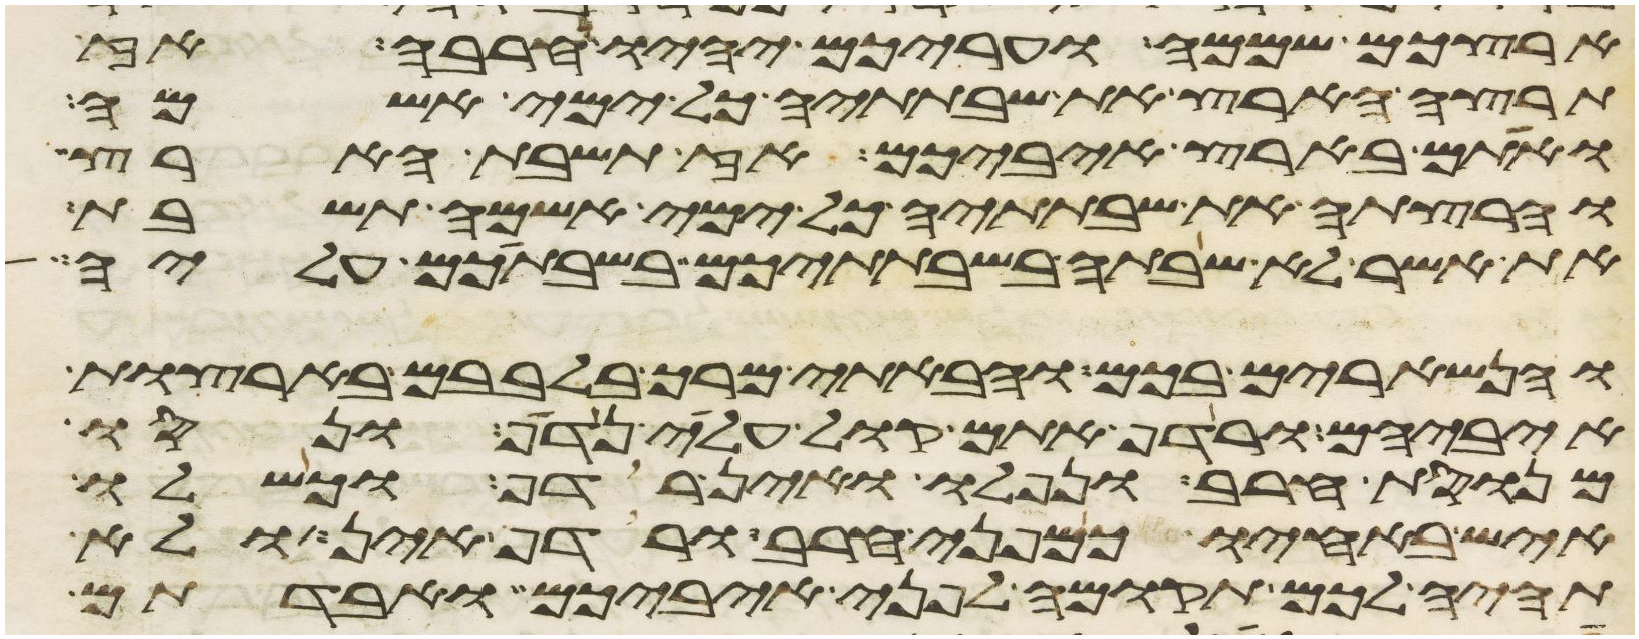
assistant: ארצכם שממה ועריכם יהיו חרבה אז
תרצה הארץ את שבתתיה כל ימי אשמה
ואתם בארץ איביכם אז תשבת הארץ
והרצתה את שבתתיה כל ימי אשמה תשבת
את אשר לא שבתה בשבתתיכם בשבתכם עליה
והנשארים בכם והבאתי מרך בלבבם בארצות
איביהם ורדף אתם קול עלי נדף ונסו
מנוסת חרב ונפלו ואין רדף וכשלו
איש באחיו כמפני חרב ורדף אין ולא
תהיה לכם תקומה לפני איביכם ואבדתם